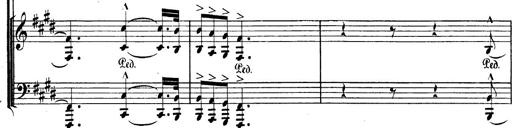
Title: BÃ©nÃ©diction et serment
Composer: Franz Liszt